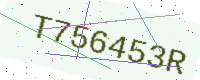
Text: T756453R